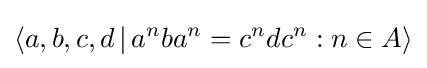
\langle a,b,c,d\,|\,a^{n}ba^{n}=c^{n}dc^{n}:n\in A\rangle